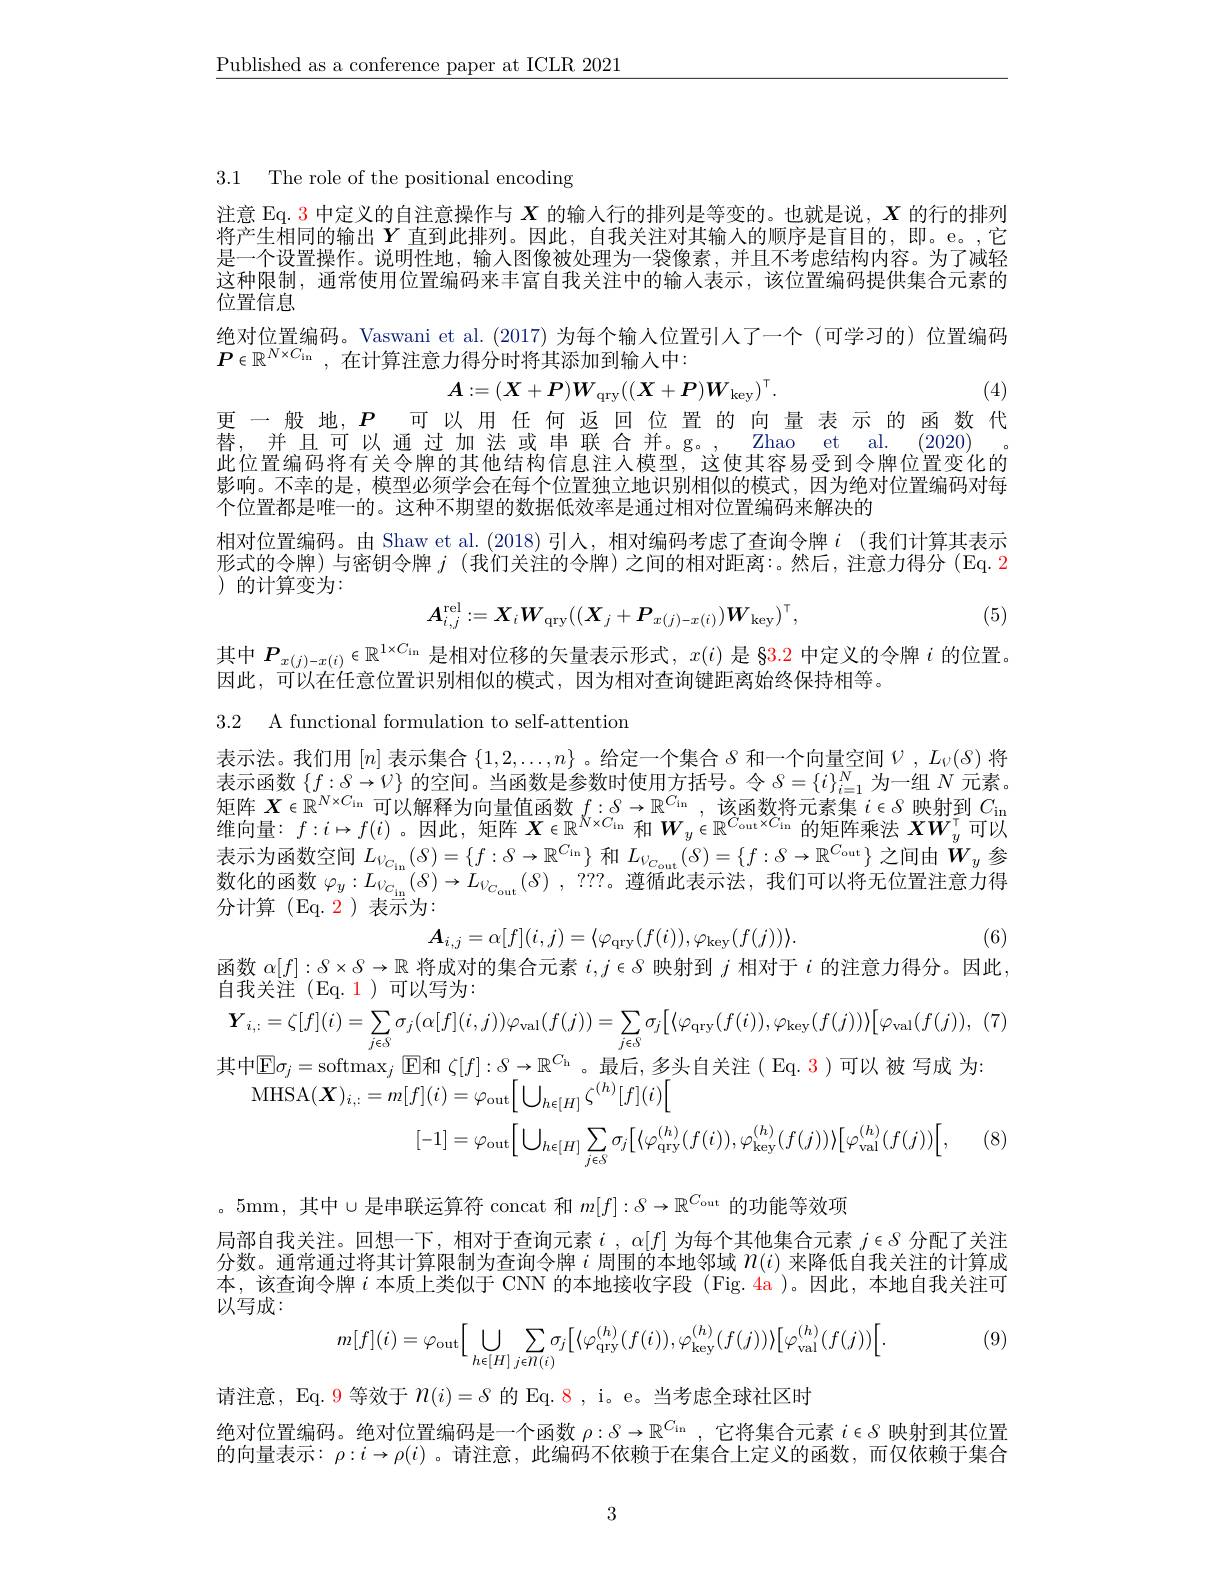
$\underline{\text{Published as a conference paper at ICLR 2021}}$

3.1 The role of the positional encoding

注意 Eq. 3 中定义的自注意操作与$X$的输人行的排列是等变的。也就是说，$X$的行的排列将产生相同的输出$Y$直到此排列。因此，自我关注对其输人的顺序是盲目的，即。e。,它是一个设置操作。说明性地，输入图像被处理为一袋像素，并且不考虑结构内容。为了减轻这种限制，通常使用位置编码来丰富自我关注中的输入表示，该位置编码提供集合元素的位置信息
绝对位置编码。Vaswani et al.(2017)为每个输入位置引人了一个(可学习的)位置编码
$\boldsymbol{P}\in \mathbb{R} ^{N\times C_\mathrm{in}}$ ,在计算注意力得分时将其添加到输入中：
$$A:=(X+P)W_{\mathrm{qry}}((\boldsymbol{X}+\boldsymbol{P})\boldsymbol{W}_{\mathrm{key}})^{\intercal}.$$
(4)

更一般地，$P$可以用任何返回位置的向量表示的函数代
替，并且可以通过加法或串联合并。g。,Zhao et al.(2020)

此位置编码将有关令牌的其他结构信息注人模型，这使其容易受到令牌位置变化的影响。不幸的是，模型必须学会在每个位置独立地识别相似的模式，因为绝对位置编码对每个位置都是唯一的。这种不期望的数据低效率是通过相对位置编码来解决的
相对位置编码。由 Shaw et al.(2018)引人，相对编码考虑了查询令牌$i$ (我们计算其表示形式的令牌)与密钥令牌$j$ (我们关注的令牌)之间的相对距离：。然后，注意力得分(Eq.2 ) 的计算变为：
$$A_{i,j}^{\mathrm{rel}}:=\boldsymbol{X}_{i}\boldsymbol{W}_{\mathrm{qry}}((\boldsymbol{X}_{j}+\boldsymbol{P}_{x(j)-x(i)})\boldsymbol{W}_{\mathrm{key}})^{\intercal},$$
(5)

其中$\boldsymbol P_x(j)-x(i)\in\mathbb{R}^{1\times C_{\mathrm{in}}}$是相对位移的矢量表示形式，$x(i)$是 §3.2 中定义的令牌$i$的位置。
因此，可以在任意位置识别相似的模式，因为相对查询键距离始终保持相等。

3.2 A functional formulation to self-attention

表示法。我们用$[n]$表示集合$\{1,2,\ldots,n\}$ 。给定一个集合 8 和一个向量空间$V,L_{\nu}(\delta)$将表示函数$\{f:S\to\mathcal{V}\}$的空间。当函数是参数时使用方括号。令$S=\{i\}_i=1^N$为一组$N$元素。矩阵$\boldsymbol{X}\in\mathbb{R}^{N\times C_{\mathrm{in}}}$可以解释为向量值函数$f:S\to\mathbb{R}^{C_{\mathrm{in}}}$,该函数将元素集$i\in\delta$映射到$C_\mathrm{in}$ 维向量：$f:i\mapsto f(i)$ 。因此，矩阵$\boldsymbol{X}\in\mathbb{R}^{N\times C_{\mathrm{in}}}$和$\boldsymbol{W}_y\in\mathbb{R}^{C_{\mathrm{out}}\times C_{\mathrm{in}}}$的矩阵乘法$\boldsymbol{X}\boldsymbol{W}_y^\top$可以表示为函数空间$L_{\nu _{C_{\mathrm{in}}}}( \mathcal{S} ) = \{ f: \mathcal{S} \to \mathbb{R} ^{C_{\mathrm{in}}}\}$和$L_{\nu _{C_{\mathrm{out}}}}( \mathcal{S} ) = \{ f: \delta \to \mathbb{R} ^{C_{\mathrm{out}}}\}$之间由$W_y$参数化的函数$\varphi _y: L_{V_{C_{\mathrm{in}}}}( 8) \to L_{V_{C_{\mathrm{out}}}}( 8) , ? ? ? 。$遵 循 此 表 示 法 , 我 们 可 以 将 无 位 置 注 意 力 得 分计算 (Eq.2)表示为：
$$A_{i,j}=\alpha[f](i,j)=\langle\varphi_{\mathrm{qry}}(f(i)),\varphi_{\mathrm{key}}(f(j))\rangle.$$
(6)
$$\boldsymbol{Y}_{i,:}=\zeta[f](i)=\sum_{j\in\delta}\sigma_{j}(\alpha[f](i,j))\varphi_{\mathrm{val}}(f(j))=\sum_{j\in\delta}\sigma_{j}\Big[\langle\varphi_{\mathrm{qry}}(f(i)),\varphi_{\mathrm{key}}(f(j))\rangle\Big[\varphi_{\mathrm{val}}(f(j)),$$
函数$\alpha[f]:\delta\times S\to\mathbb{R}$将成对的集合元素$i,j\in S$映射到$j$相对于$i$的注意力得分。因此，
自我关注(Eq.1)可以写为：
其中$\mathbb{E}\sigma_j=$softmax$_j$ $\mathbb{E}$和 $\zeta[f]:\delta\to\mathbb{R}^{C_{\mathrm{h}}}$。最后，多头自关注( Eq. 3)可以 被 写成 为：
MHSA$(\boldsymbol X)_{i,:}=m[f](i)=\varphi_{\mathrm{out}}\bigg\lfloor\bigcup_{h\in[H]}\zeta^{(h)}[f](i)\bigg\lfloor$
(8)
$$[-1]=\varphi_{\mathrm{out}}\Big[\bigcup_{h\epsilon[H]}\sum_{j\in\delta}\sigma_{j}\Big[\langle\varphi_{\mathrm{qry}}^{(h)}(f(i)),\varphi_{\mathrm{key}}^{(h)}(f(j))\rangle\Big[\varphi_{\mathrm{val}}^{(h)}(f(j))\Big[,$$
。5mm, 其中$\cup$是串联运算符 concat 和 $m[f]:S\to\mathbb{R}^C_{\mathrm{out}}$ 的功能等效项
局部自我关注。回想一下，相对于查询元素$i,\alpha[f]$为每个其他集合元素$j\in\delta$分配了关注分数。通常通过将其计算限制为查询令牌$i$周围的本地邻域$n(i)$来降低自我关注的计算成本，该查询令牌$i$ 本质上类似于 CNN 的本地接收字段 (Fig. 4a)。因此，本地自我关注可以写成：

(9)
$$m[f](i)=\varphi_{\mathrm{out}}\Big[\bigcup\limits_{h\in[H]}\sum\limits_{j\in n(i)}\sigma_{j}\Big[\langle\varphi_{\mathrm{qry}}^{(h)}(f(i)),\varphi_{\mathrm{key}}^{(h)}(f(j))\rangle\Big[\varphi_{\mathrm{val}}^{(h)}(f(j))\Big[.$$
请注意，Eq. 9 等效于$n(i)=\delta$的 Eq.8, i。e。当考虑全球社区时
绝对位置编码。绝对位置编码是一个函数$\rho:S\to\mathbb{R}^{C_{\mathrm{ln}}}$,它将集合元素$i\in S$映射到其位置的向量表示$:\rho:i\to\rho(i)$ 。请注意，此编码不依赖于在集合上定义的函数，而仅依赖于集合

3